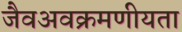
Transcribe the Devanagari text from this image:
जैवअवक्रमणीयता